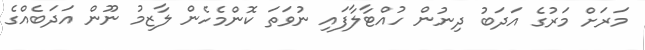
މަރަށް މަރުގެ އަދަބު ދިނުން ހުއްޓާލާފައި ނުވަތަ ކޮންމެހެން ލާޒިމު ނޫން އަދަބެއްގެ